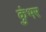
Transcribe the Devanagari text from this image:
कुंभर